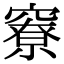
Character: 竂